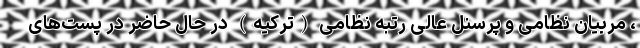
، مربیان نظامی و پرسنل عالی رتبه نظامی (ترکیه) در حال حاضر در پست‌های